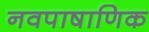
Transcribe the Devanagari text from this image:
नवपाषाणिक